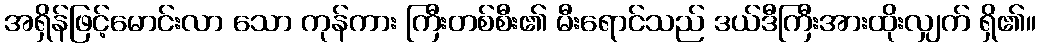
အရှိန်ဖြင့်မောင်းလာ သော ကုန်ကား ကြီးတစ်စီး၏ မီးရောင်သည် ဒယ်ဒီကြီးအားထိုးလျှက် ရှိ၏။